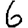
Digit: 6